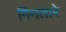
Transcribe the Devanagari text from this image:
गिनतारे